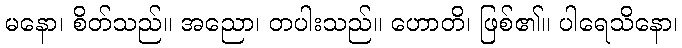
မနော၊ စိတ်သည်။ အညော၊ တပါးသည်။ ဟောတိ၊ ဖြစ်၏။ ပါရေသိနော၊